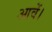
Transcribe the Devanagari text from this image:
आवें।